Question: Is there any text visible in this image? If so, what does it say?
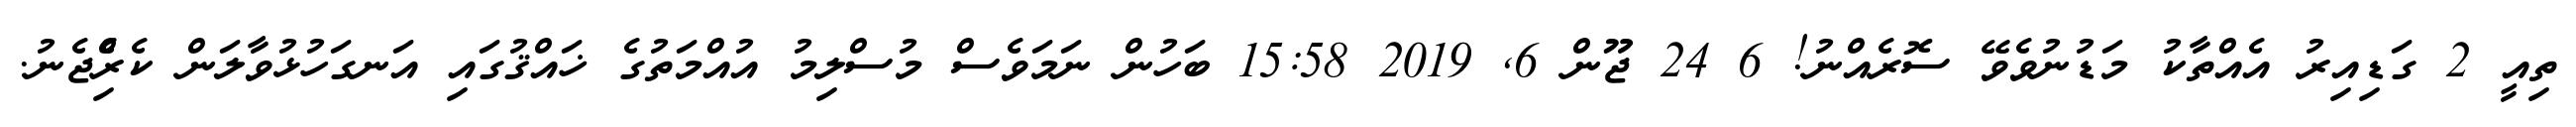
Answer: ތިއީ 2 ގަޑިއިރު އެއްތާކު މަޑުނުވެވޭ ސޮރެއްނު! 6 24 ޖޫން 6, 2019 15:58 ބަހުން ނަމަވެސް މުސްލިމު އުއްމަތުގެ ޚައްޤުގައި އަނގަހުޅުވާލަން ކެރިެްޖެނު.